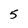
Character: 5